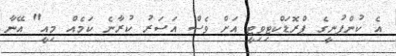
އެ ކުންފުނީގެ ޕްރޮޑަކްޓިވިޓީ އަށް ވެސް އަސަރު ކުރާނެ ކަމެއް މިއީ" އޭނާ